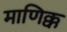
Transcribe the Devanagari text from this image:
माणिक्क